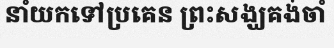
នាំយកទៅប្រគេន ព្រះសង្ឃគង់ចាំ